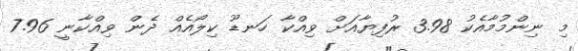
މި ނިންމުމާއެކު 3.98 ރުފިޔާއަށް ވިއްކާ ހަނޑޫ ކިލޯއެއް ދެން ވިއްކާނީ 7.96